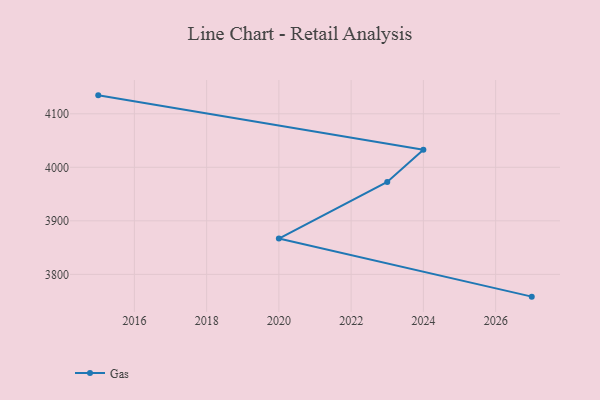
{"axis": {"x": "Year", "y": "Budget (USD K)"}, "legend": ["Gas"], "data": [{"x": "2027", "y": 3758.4, "type": "Gas"}, {"x": "2020", "y": 3866.9, "type": "Gas"}, {"x": "2023", "y": 3972.7, "type": "Gas"}, {"x": "2024", "y": 4032.7, "type": "Gas"}, {"x": "2015", "y": 4134.4, "type": "Gas"}]}